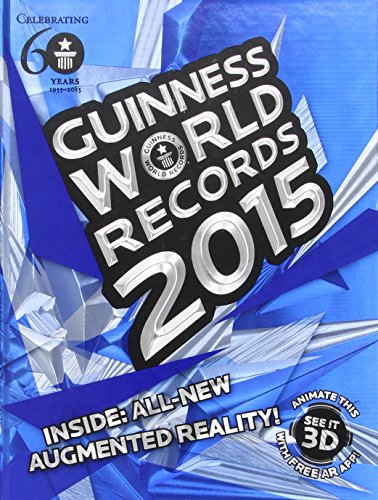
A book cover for Guinness World Records 2015; Guinness World Records; Reference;